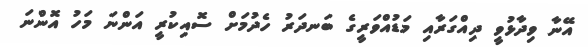
އޭނާ ވިދާޅުވީ ދިއްގަރާއި މަޑުއްވަރީގެ ބަނދަރު ހެދުމަށް ސޮއިކުރީ އަންނަ މަހު އޮންނަ